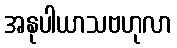
အနုပါယာသဗဟုလာ